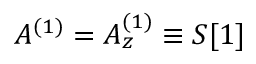
A ^ { ( 1 ) } = A _ { z } ^ { ( 1 ) } \equiv S [ 1 ]